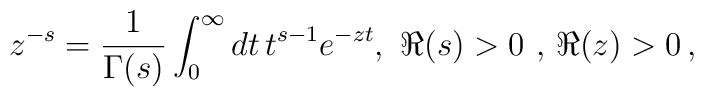
z^{-s}=\frac{1}{\Gamma(s)} \int_{0}^{\infty} dt \,t^{s-1}e^{-zt},\,\,\Re(s)>0\,\,,\,\Re(z)>0\,,